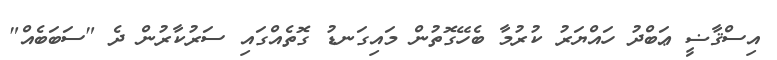
އިސްޤާޟީ ޢަބްދު ހައްޔަރު ކުރުމާ ބެހޭގޮތުން މައިގަނޑު ގޮތެއްގައި ސަރުކާރުން ދެ "ސަބަބެއް"